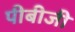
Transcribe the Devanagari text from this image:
पीबीजी